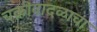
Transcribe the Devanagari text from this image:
चक्रीवादळाचा